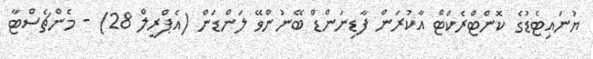
ޔުނައިޓެޑުގެ ކޮންޓްރެކްޓް އާކުރަން ފާޑިނަންޑް ބޭނުންވޭ ލަންޑަން (އެޕްރީލް 28) - މެންޗެސްޓާ